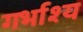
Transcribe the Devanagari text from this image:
गर्भाश्य